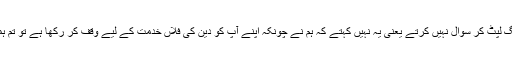
چوتھا یہ کہ وہ لوگوں سے لگ لپٹ کر سوال نہیں کرتے یعنی یہ نہیں کہتے کہ ہم نے چونکہ اپنے آپ کو دین کی فلاں خدمت کے لیے وقف کر رکھا ہے تو تم ہماری ضروریات پوری کرو۔